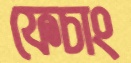
ফেচাং